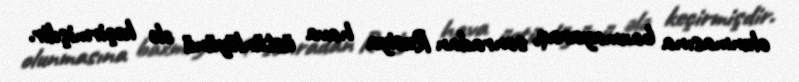
olunmasına baxmayaraq, sonradan Rusiya hava üstünlüyünü ələ keçirmişdir.